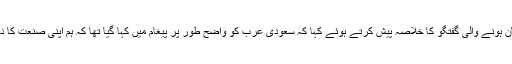
انہوں نے سعودی اور امریکی رہنماؤں کے درمیان ہونے والی گفتگو کا خلاصہ پیش کرتے ہوئے کہا کہ سعودی عرب کو واضح طور پر پیغام میں کہا گیا تھا کہ ہم اپنی صنعت کا دفاع کر رہے ہیں جبکہ آپ اسے تباہ کر رہے ہیں۔